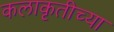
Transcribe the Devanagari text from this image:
कलाकृतीच्या